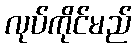
လုပ်ကိုင်မည်